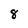
Character: 8